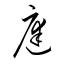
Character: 庭